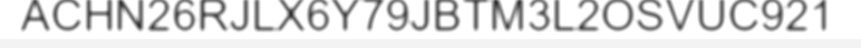
ACHN26RJLX6Y79JBTM3L2OSVUC921